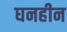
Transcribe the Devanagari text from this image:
घनहीन